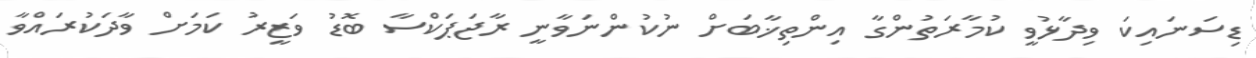
ޑިސަނައިކަ ވިދާޅުވީ ކުމާރަތުންގާ އިންތިޚާބަށް ނުކުންނަވާނީ ރާޖަޕަކްސާ ބޮޑު ވަޒީރު ކަމަށް ވާދަކުރައްވާ